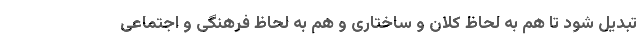
تبدیل شود تا هم به لحاظ کلان و ساختاری و هم به لحاظ فرهنگی و اجتماعی